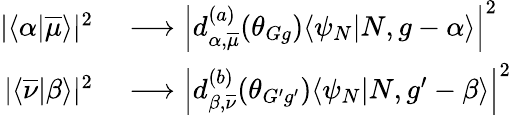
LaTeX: \begin{array}{rl}{|\langle\alpha|\overline{{\mu}}\rangle|^{2}}&{{}\longrightarrow\left|d_{\alpha,\overline{{\mu}}}^{(a)}(\theta_{Gg})\langle\psi_{N}|N,g-\alpha\rangle\right|^{2}}\\ {|\langle\overline{{\nu}}|\beta\rangle|^{2}}&{{}\longrightarrow\left|d_{\beta,\overline{{\nu}}}^{(b)}(\theta_{G^{\prime}g^{\prime}})\langle\psi_{N}|N,g^{\prime}-\beta\rangle\right|^{2}}\end{array}